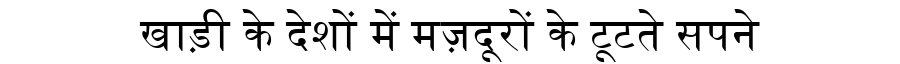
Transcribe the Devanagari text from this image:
खाड़ी के देशों में मज़दूरों के टूटते सपने